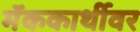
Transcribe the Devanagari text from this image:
मॅककार्थीवर